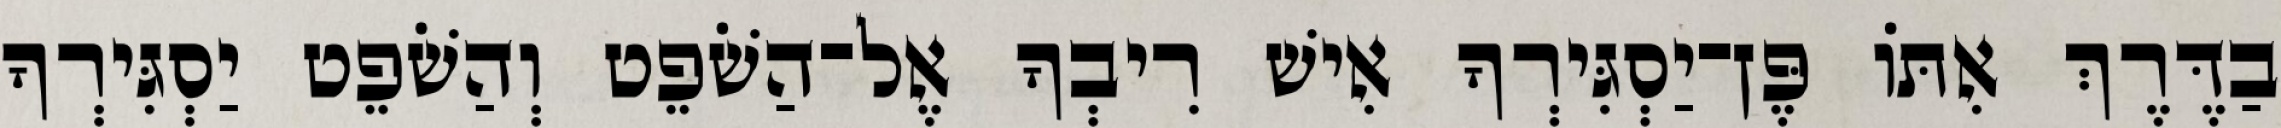
בַדֶּרֶךְ אִתּוֹ פֶּן־יַסְגִּירְךָ אִישׁ רִיבְךָ אֶל־הַשֹׁפֵט וְהַשֹׁפֵט יַסְגִּירְךָ